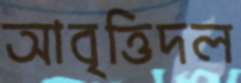
আবৃত্তিদল